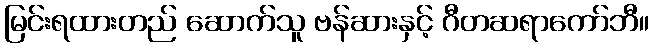
မြင်းရထားတည် ဆောက်သူ ဗန်ဆားနှင့် ဂီတဆရာကော်ဘီ။